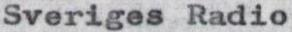
Sveriges Radio